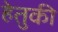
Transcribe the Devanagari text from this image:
हेतुकी